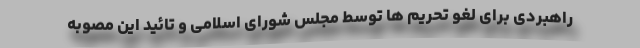
راهبردی برای لغو تحریم ها توسط مجلس شورای اسلامی و تائید این مصوبه